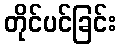
တိုင်ပင်ခြင်း